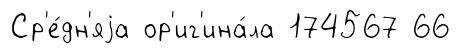
Ср'е́дн'яjа ор'иг'ина́ла 174567 66